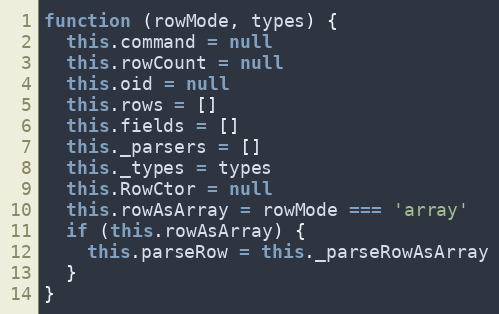
Language: JavaScript
function (rowMode, types) {
  this.command = null
  this.rowCount = null
  this.oid = null
  this.rows = []
  this.fields = []
  this._parsers = []
  this._types = types
  this.RowCtor = null
  this.rowAsArray = rowMode === 'array'
  if (this.rowAsArray) {
    this.parseRow = this._parseRowAsArray
  }
}